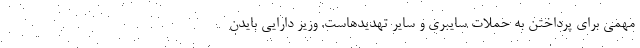
مهمی برای پرداختن به حملات سایبری و سایر تهدیدهاست. وزیر دارایی بایدن